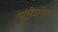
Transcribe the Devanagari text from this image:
तटबंदीपर्यंत